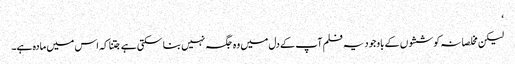
‘
لیکن مخلصانہ کوششوں کے باوجود یہ فلم آپ کے دل میں وہ جگہ نہیں بنا سکتی ہے جتنا کہ اس میں مادہ ہے۔